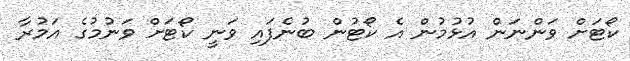
ކޯޓަށް ވަންނަން އުޅުމުން އެ ކޯޓުން ބުނެފައި ވަނީ ކޯޓަށް ވަނުމުގެ އަމުރާ